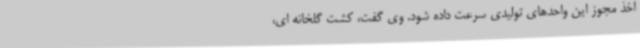
اخذ مجوز این واحدهای تولیدی سرعت داده شود. وی گفت، کشت گلخانه ای،